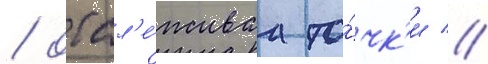
/ отсл'е́живаа то́чк'и //